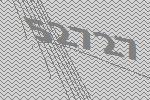
52727